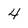
Character: 4